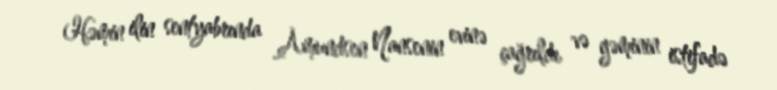
Həmin ilin sentyabrında Amundsen Nansenin evinə çağrıldı və gəminin istifadə